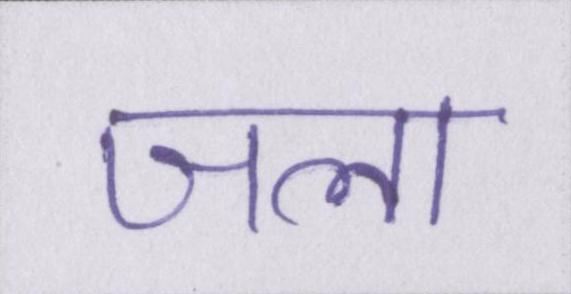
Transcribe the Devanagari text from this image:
जला